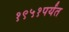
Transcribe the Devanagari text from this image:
१९५१पर्यंत